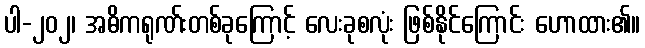
ပါ-၂၀၂၊ အဓိကရုဏ်းတစ်ခုကြောင့် လေးခုစလုံး ဖြစ်နိုင်ကြောင်း ဟောထား၏။